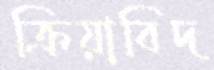
ক্রিয়াবিদ